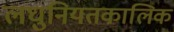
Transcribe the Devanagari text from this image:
लघुनियतकालिक